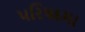
પરિષદમા